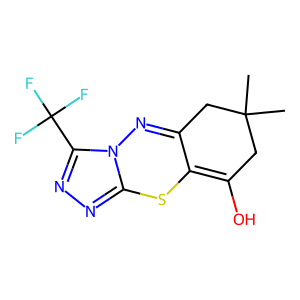
SMILES: CC1(C)CC2=Nn3c(nnc3C(F)(F)F)SC2=C(O)C1
Inhibits HIV replication: No